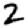
Digit: 2